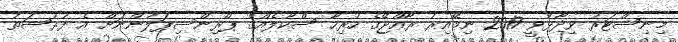
މިނިސްޓަރު ވިދާޅުވީ 2017 ނިމޭއިރު ރާއްޖޭގެ ހުރިހާ ސްކޫލެއްގެ ޕްރިންސިޕަލުންނަށް އެ ފުރުސަތު